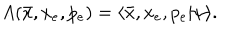
A ( \bar { x } , x _ { e } , p _ { e } ) = \langle \bar { x } , x _ { e } , p _ { e } | \psi \rangle .